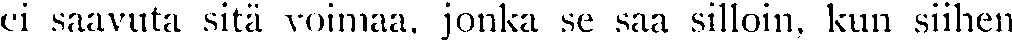
ei saavuta sitä voimaa, jonka se saa silloin, kun siihen